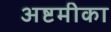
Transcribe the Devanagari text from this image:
अष्टमीका